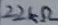
Text: 22kΩ